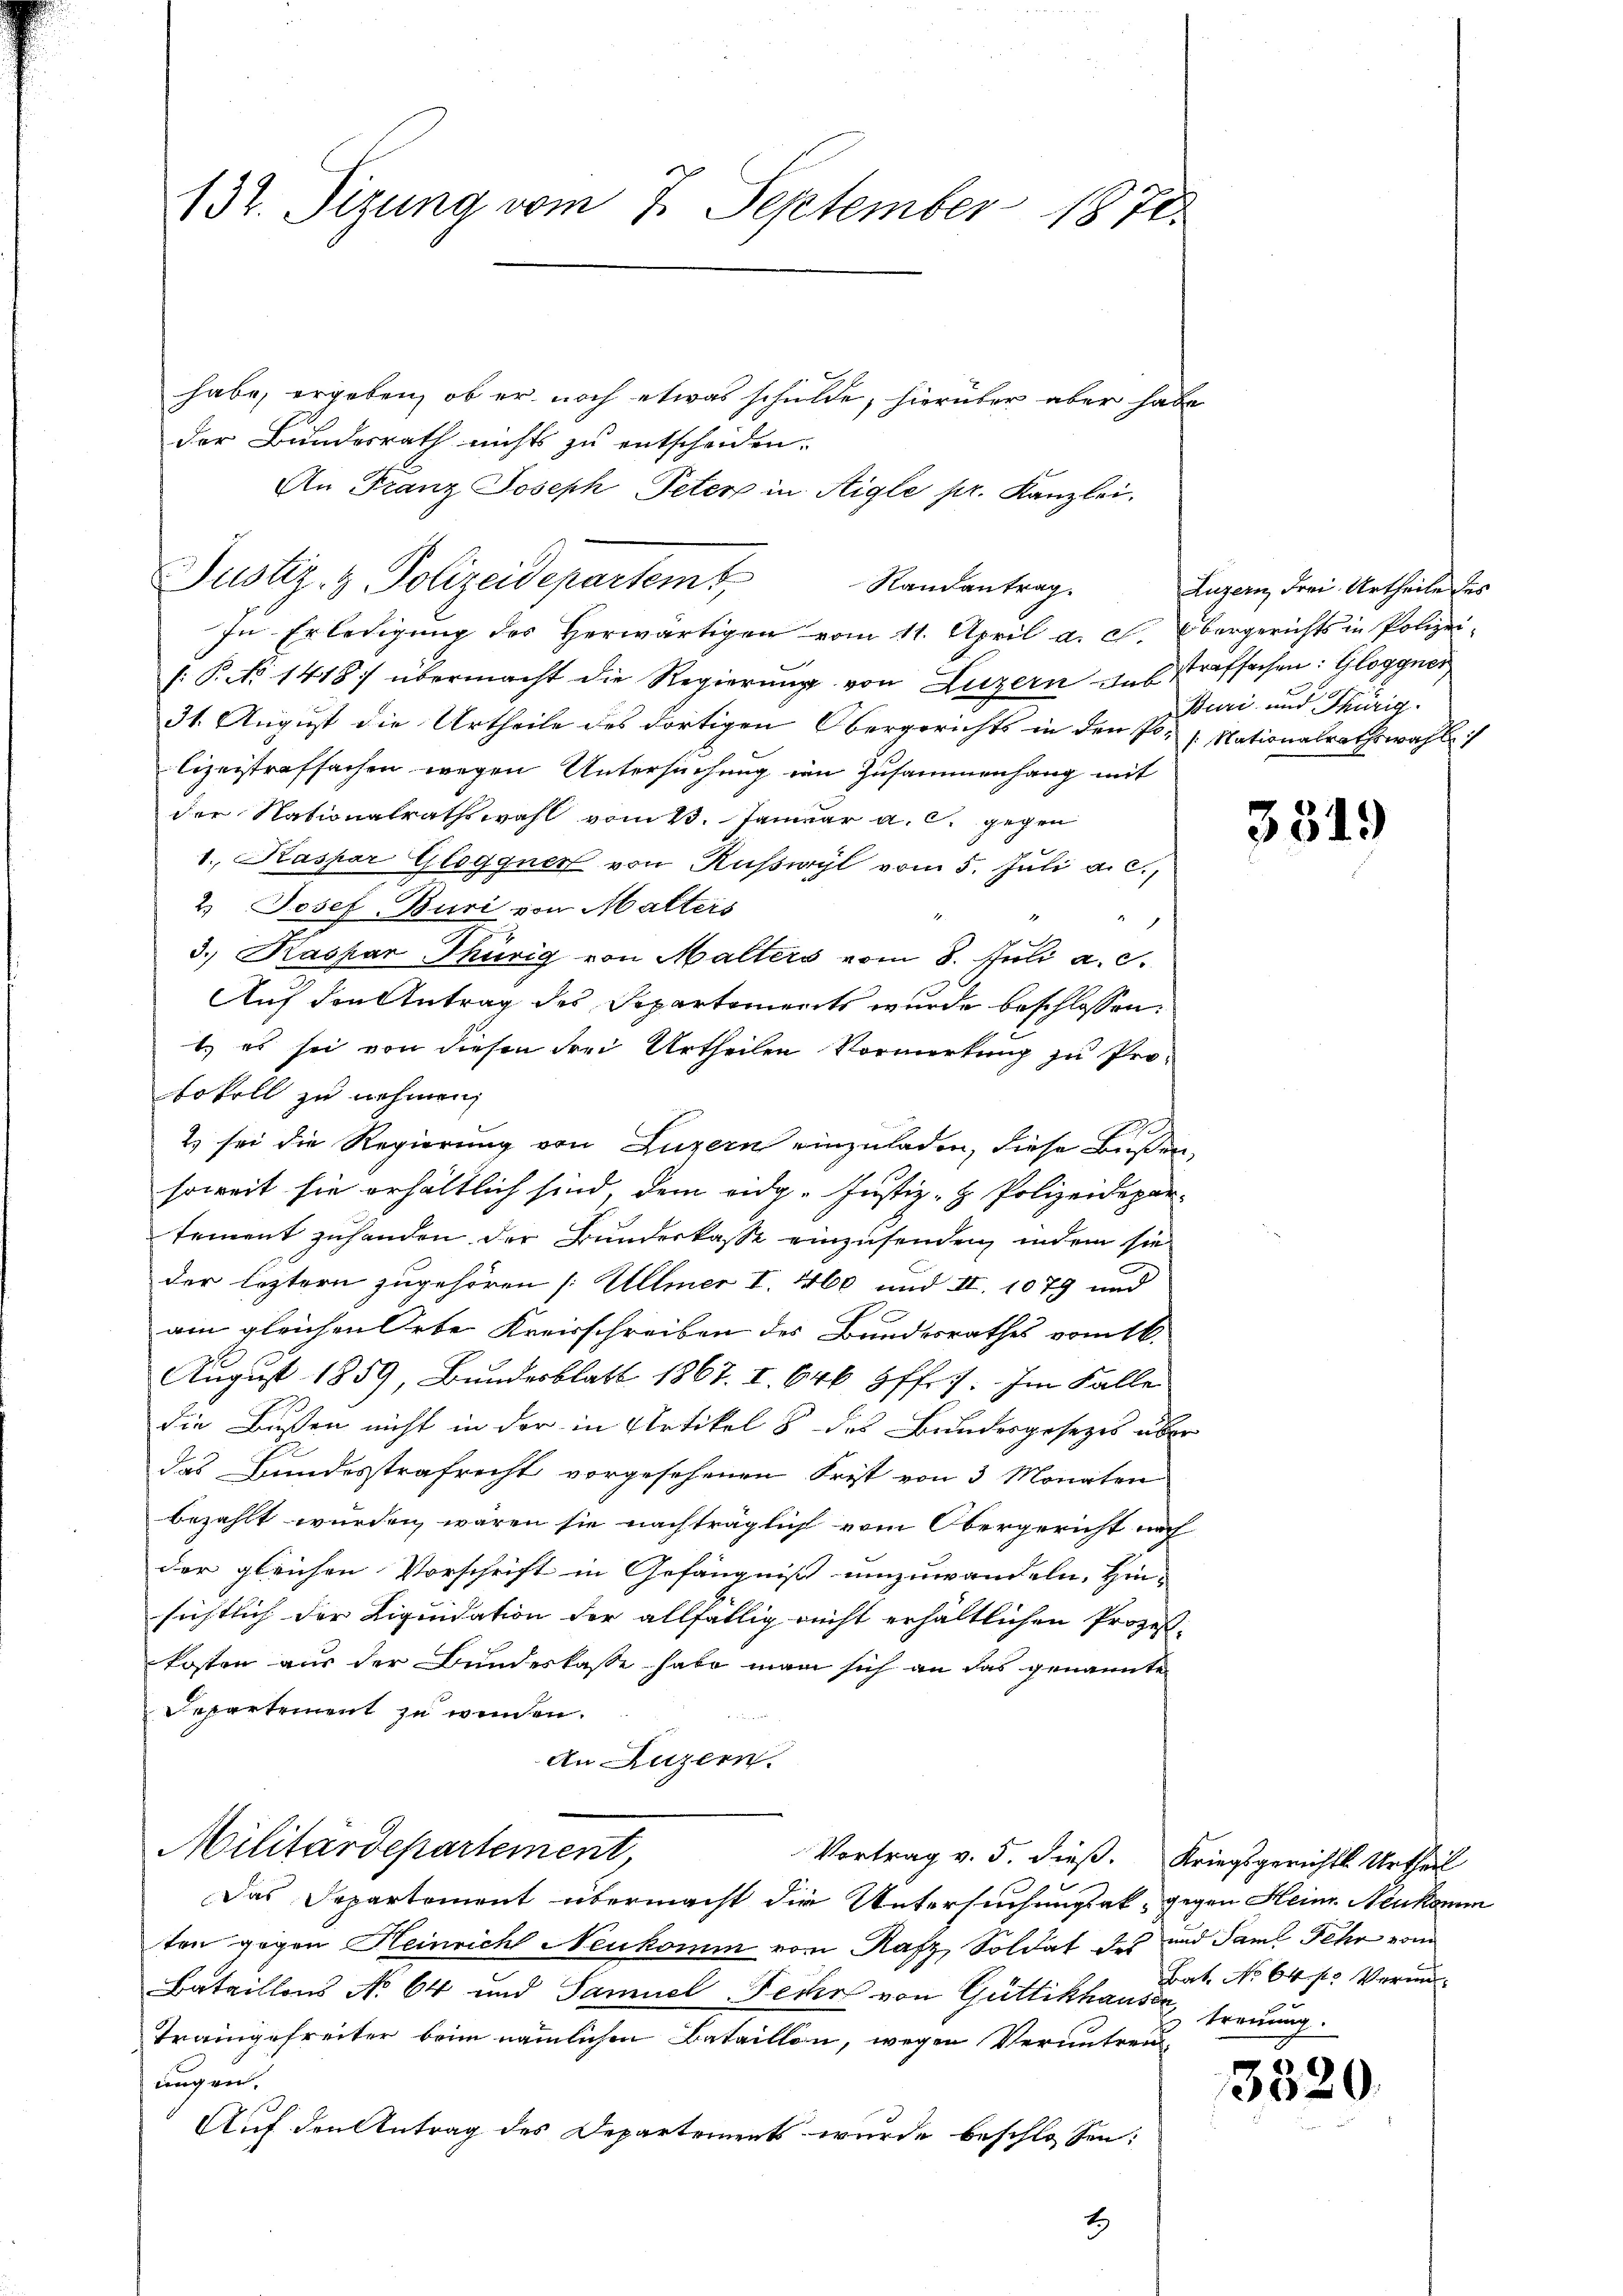
132. Sizung vom 7. September 1878.

habe, ergeben, ob er noch etwas schulde, hierüber aber habe
der Bundesrath nichts zu entscheiden.
An Franz Joseph Peter in Aigle pr. Kanzlei.
Justiz- & Polizeidepartem t
Randantrag.
In Erledigung des Herwärtigen vom 11. April a. c. Obergerichts in Polizei-
f: P. No 1418) übermacht die Regierŭng von Luzern in strafsachen: Gloggner
31. August die Urtheile des dortigen Obergerichts in den Po-
lizeistrafsachen wegen Untersuchung in Zusammenhang mit
der Nationalrathswahl vom 13. Januar a. c. gegen
1., Kaspar Glogguer von Ruswyl vom 5. Juli a. c.,
2. Josef-Buri von Matters
H
1
t
3. Kaspar Thürig von Malters vom 8. Juli a. c.
Auf den Antrag des Departements wurde beschlossen:
t es sei von diesen drei Urtheilen Vormerkung zu Pro-
tokoll zu nehmen,
2 sei die Regierung von Luzern einzuladen, diese Bußen,
soweit sie erhältlich sind, dem eidg. Justiz- & Polizeidepar-
tement zuhanden der Bunderkasse einzusenden, indem sie
der leztern zugehören /: Ullmer I. 460 und II. 1079 und
ain gleichen Orte Kreisschreiben des Bundesrathes vom 16.
August 1859, Bundesblatt 1867. I. 646 3ffr. Im Falle
die Bußen nicht in der in Artikel 8 des Bundesgesezes über
das Bundesstrafrecht vorgesehenen Frist von 3 Monaten
bezahlt wurden wären sie nachträglich vom Obergericht nach
der gleichen Vorschrift in Gefängniss umzuwandeln, Hin-
sichtlich der Liquidation der allfällig nicht erhältlichen Prozess-
kosten aus der Bundeskasse habe man sich an das genannte
Departement zu werden.
An Luzern.
Militärdepartement
Vortrag v. 5. dieß. Kriegsgerichts Urtheil
Das Departement übermacht die Untersuchungsak, gegen Heine Neukomm
ten gegen Heinricht Neukomm von Rafz, Soldat des und Saml Sehr vom
Bataillons No 64 und Samuel Fecht von Güttikhauser, treuung.
Traingefreiter beim nämlichen Bataillon, wegen Veruntreu-
nngen.
Auf den Antrag des Departements wurde beschlossen:
2)

Luzern, Frei Urtheile des
Buri und Thürig
/: Nationalrathswahl

3519

Bat. No 64 f. Vermi-

3520.